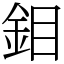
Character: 鉬